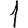
Digit: 1